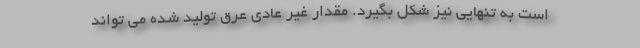
است به تنهایی نیز شکل بگیرد. مقدار غیر عادی عرق تولید شده می تواند